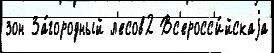
зон За́городный л'есов2 Вс'еросс'и́йскаjа